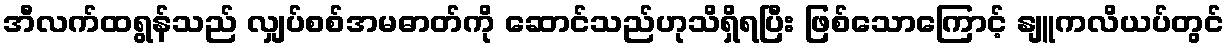
အီလက်ထရွန်သည် လျှပ်စစ်အမဓာတ်ကို ဆောင်သည်ဟုသိရှိရပြီး ဖြစ်သောကြောင့် နျူကလိယပ်တွင်